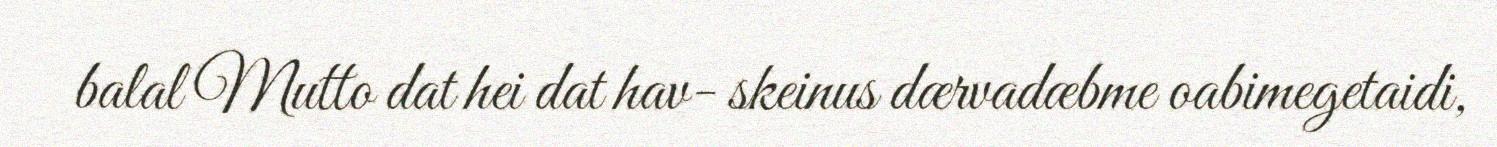
balal Mutto dat hei dat hav- skeinus dærvadæbme oabimegetaidi,